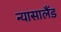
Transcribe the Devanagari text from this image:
न्यासालैंड